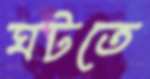
ঘটতে